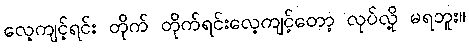
လေ့ကျင့်ရင်း တိုက် တိုက်ရင်းလေ့ကျင့်တော့ လုပ်လို့ မရဘူး။